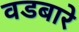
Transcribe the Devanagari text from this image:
वडबारे